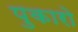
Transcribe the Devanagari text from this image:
पुकारो